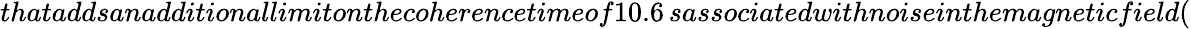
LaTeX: thataddsanadditionallimitonthecoherencetimeof10.6\, sassociatedwithnoiseinthemagneticfield(